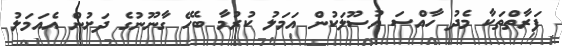
ފަރާތްތަކާ މެދު ހާއްސަ އުސޫލަކުން އަމަލު ކުރުމާ ބެހޭ ގާނޫނުގެ ދަށުން އެއަމަލު